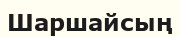
Шаршайсың